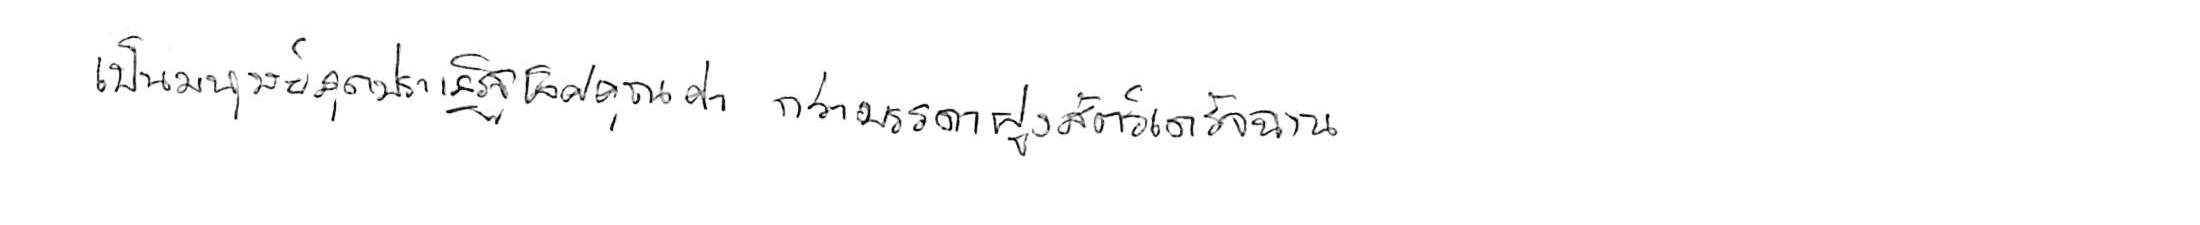
เป็นมนุษย์สุดประเสริฐเลิศคุณค่า กว่าบรรดาฝูงสัตว์เดรัจฉาน